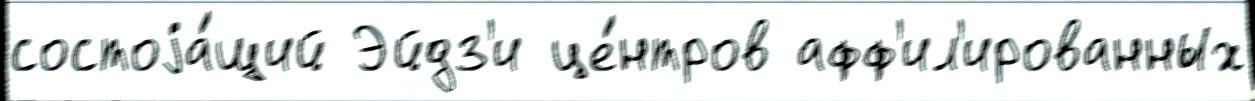
состоjа́щий Эйдз'и це́нтров афф'ил'ированных